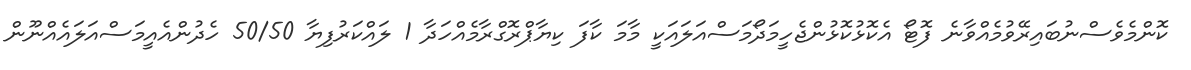
ކޮންމެވެސްނުބައިރޭވުމެއްވާނެ ފޮޓޯ އެކޮޅުކޮޅުންޖެހީމަދޯމަސްއަލައަކީ މާމަ ކާފަ ކިޔާޕްރޮގްރާމެއްހަދާ 1 ލައްކަރުފިޔާ 50/50 ހެދުންއެއީމަސްއަލައެއްނޫން